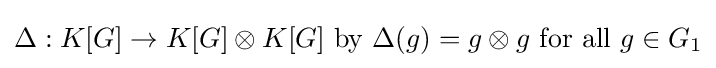
\Delta :K[G]\to K[G]\otimes K[G]~{\text{by}}~\Delta (g)=g\otimes g~{\text{for all}}~g\in G_{1}